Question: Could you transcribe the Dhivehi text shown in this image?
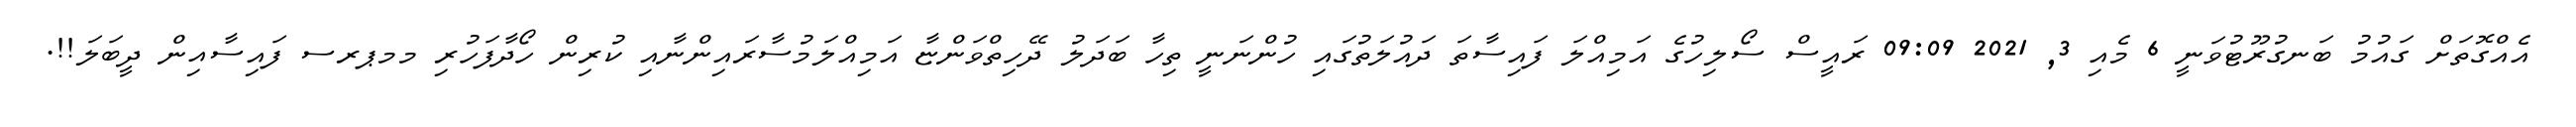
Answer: އެއްގޮތަށް ގައުމު ބަނގުރޫޓުވަނީ 6 މެއި 3, 2021 09:09 ރައީސް ސޯލިހުގެ އަމިއްލަ ފައިސާތަ ދައުލަތުގައި ހުންނަނީ ތިހާ ބަދަލު ދޭހިތްވަންޏާ އަމިއްލަމުސާރައިންނާއި ކުރިން ހޯދާފަހުރި މމޕރސ ފައިސާއިން ދީބަލަ!!.